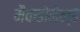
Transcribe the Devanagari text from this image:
मैकडोनेल्ड